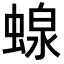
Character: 𧍭